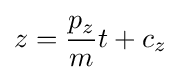
z={\frac {p_{z}}{m}}t+c_{z}